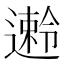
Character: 𫑅